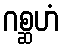
ဂစ္ဆဟံ